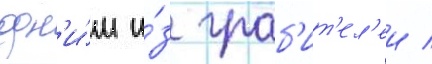
одн'и́м и́з граб'ит'ел'еи /